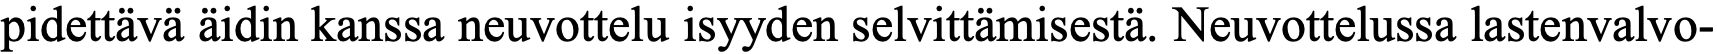
pidettävä äidin kanssa neuvottelu isyyden selvittämisestä. Neuvottelussa lastenvalvo-